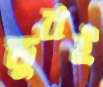
ডুবই